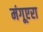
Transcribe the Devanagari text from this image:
मंगूएरा